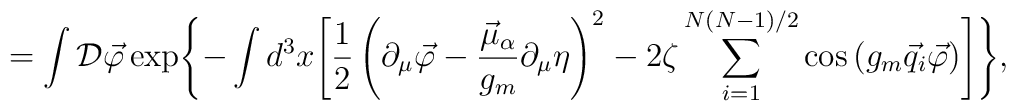
=\int {\cal D}\vec\varphi\exp\Biggl\{-\int d^3x\Biggl[\frac12\left(\partial_\mu\vec\varphi-\frac{\vec\mu_\alpha}{g_m}\partial_\mu\eta\right)^2-2\zeta\sum\limits_{i=1}^{N(N-1)/2}\cos\left(g_m\vec q_i\vec\varphi\right)\Biggr]\Biggr\},